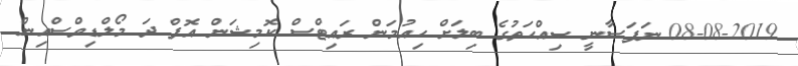
08-08-2019 ނަފަސާނީ ޞިއްޙަތުގެ ބިލަށް ހިއުމަން ރައިޓްސް ކޮމިޝަން އޮފް ދަ މޯލްޑިވްސްއިން